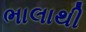
ભાલાથી